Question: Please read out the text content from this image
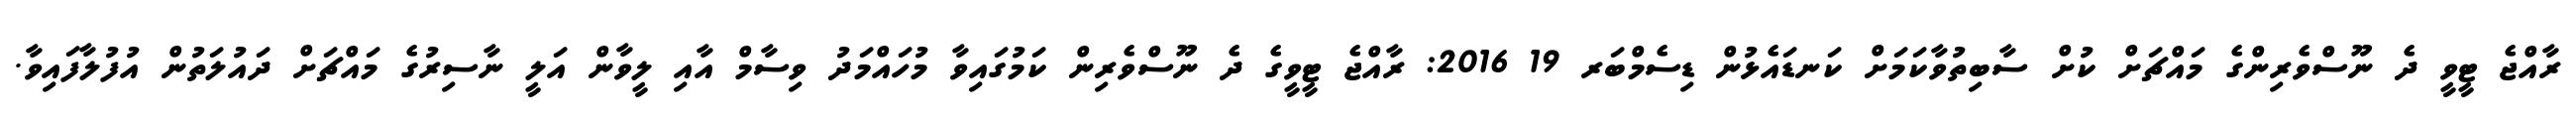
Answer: ރާއްޖެ ޓީވީ ދެ ނޫސްވެރިންގެ މައްޗަށް ކުށް ސާބިތުވާކަމަށް ކަނޑައެޅުން ޑިސެމްބަރ 19 2016: ރާއްޖެ ޓީވީގެ ދެ ނޫސްވެރިން ކަމުގައިވާ މުހައްމަދު ވިސާމް އާއި ލީވާން އަލީ ނާސިރުގެ މައްޗަށް ދައުލަތުން އުފުލާފައިވާ.